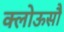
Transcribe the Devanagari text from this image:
क्लोऊसौ